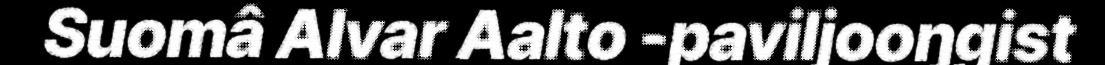
Suomâ Alvar Aalto -paviljooŋgist